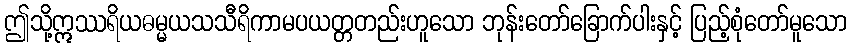
ဤသို့ဣဿရိယဓမ္မယသသီရိကာမပယတ္တတည်းဟူသော ဘုန်းတော်ခြောက်ပါးနှင့် ပြည့်စုံတော်မူသော